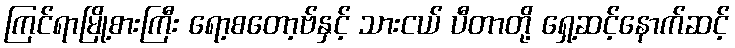
ကြင်ရာမြို့စားကြီး ရော့စတော့ဗ်နှင့် သားငယ် ပီတာတို့ ရှေ့ဆင့်နောက်ဆင့်